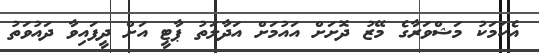
އެކަމަކު މަޝްވަރާގެ މޭޒު ދޮށަށް އައުމަށް އަދާލަތު ޕާޓީ އަށް ދީފައިވާ ދައުވަތު